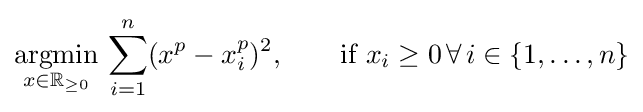
{\underset {x\in \mathbb {R} _{\geq 0}}{\operatorname {argmin} }}\,\sum _{i=1}^{n}(x^{p}-x_{i}^{p})^{2},\qquad {\text{if }}x_{i}\geq 0\,\forall \,i\in \{1,\dots ,n\}